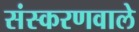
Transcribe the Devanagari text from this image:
संस्करणवाले